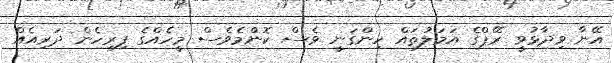
އޭނާ ވިދާޅުވީ ރޭޕްގެ އަމަލުތައް ހިންގަނީ ވެސް ކޮންމެވެސް މީހެއްގެ ފިރިހެން ދަރިއެއް